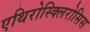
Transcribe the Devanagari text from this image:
एथिरोस्क्लिरोसिस